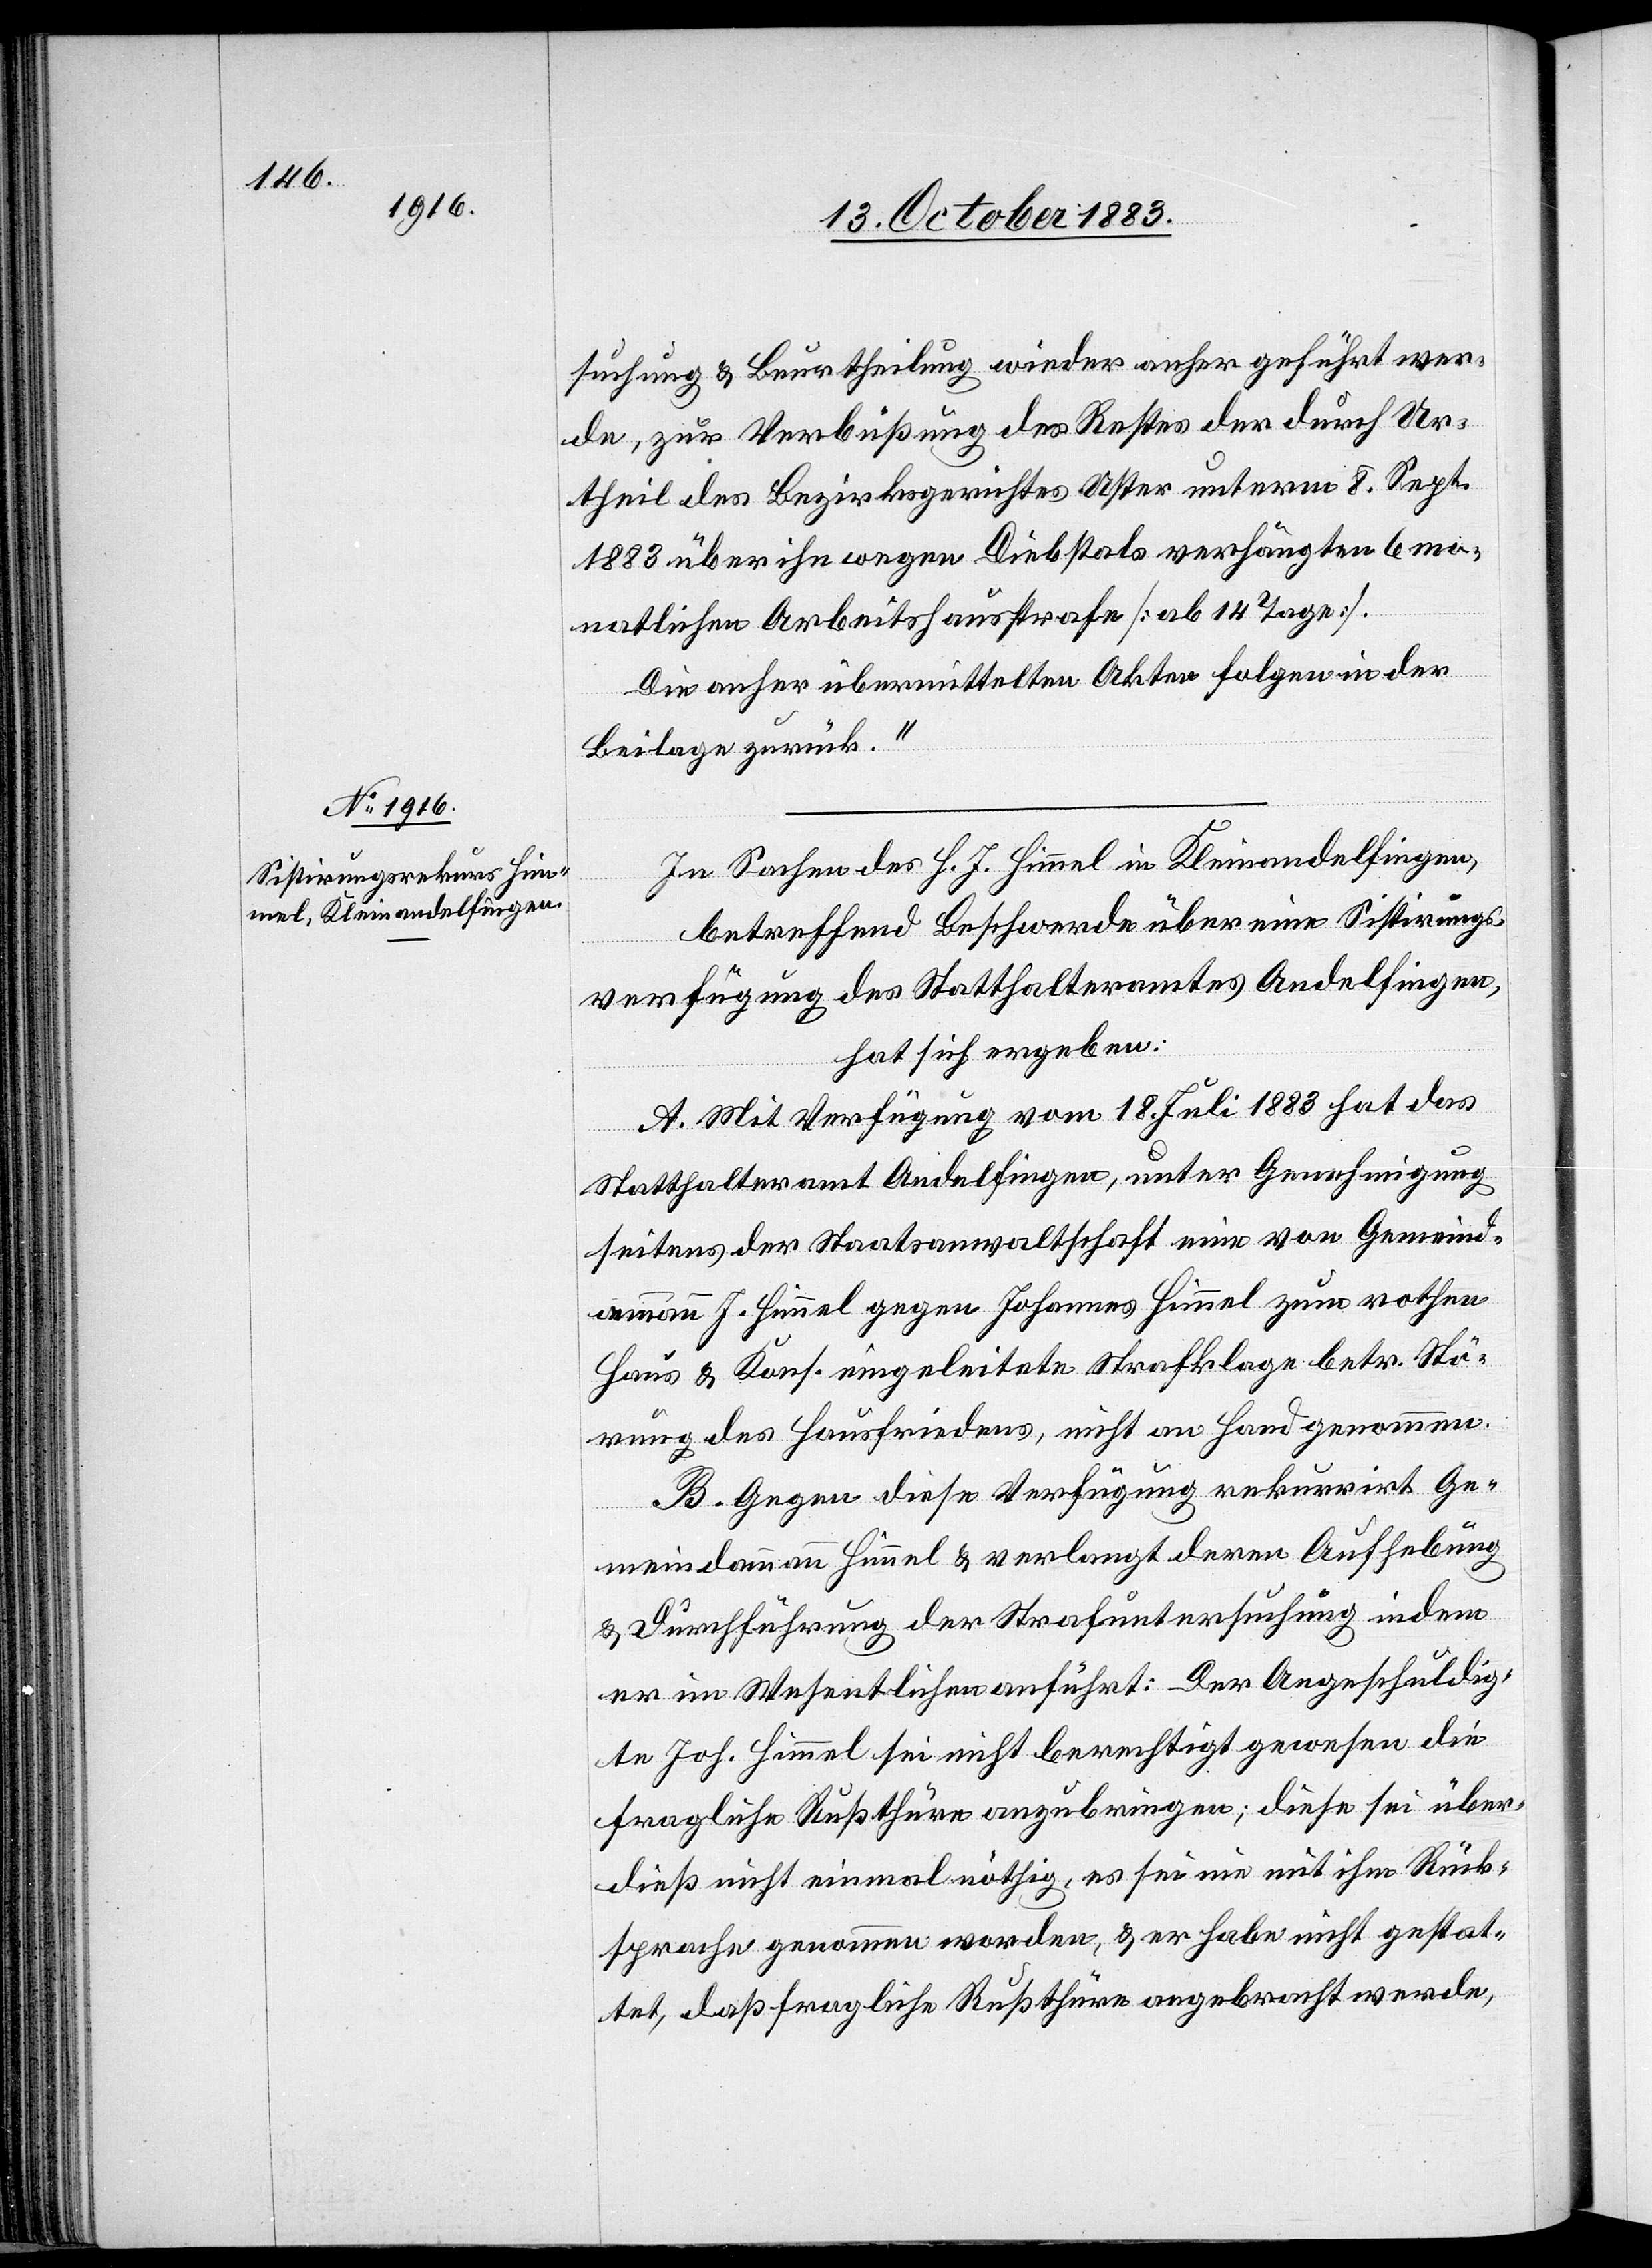
suchung & Beurtheilung wieder anher geführt wer¬
de, zur Verbüßung des Restes der durch Ur¬
theil des Bezirksgerichtes Uster unterm 8. Sep¬
t.1883 über ihn wegen Diebstals verhängten 6 mo¬
natlichen Arbeitshausstrafe [ab 14 Tage].
Die anher übermittelten Akten folgen in der
Beilage zurück.“
In Sachen des H. J. Himmel in Kleinandelfingen,
betreffend Beschwerde über eine Sistirungs¬
verfügung des Statthalteramtes Andelfingen,
hat sich ergeben:
A. Mit Verfügung vom 18. Juli 1883 hat das
Statthalteramt Andelfingen, unter Genehmigung
seitens der Staatsanwaltschaft eine von Gemeind¬
ammann J. Himmel gegen Johannes Himmel zum rothen
Haus & Kons. eingeleitete Strafklage betr. Stö¬
rung des Hausfriedens, nicht an Hand genommen.
B. Gegen diese Verfügung rekurrirt Ge¬
meindammann Himmel & verlangt deren Aufhebung
& Durchführung der Strafuntersuchung indem
er im Wesentlichen anführt: Der Angeschuldig¬
te Joh. Himmel sei nicht berechtigt gewesen die
fraglich Rußthüre anzubringen; diese sei über¬
dieß nicht einmal nöthig, es sei nie mit ihm Rück¬
sprache genommen worden, & er habe nicht gestat¬
tet, daß fragliche Rußthüre angebracht werde,